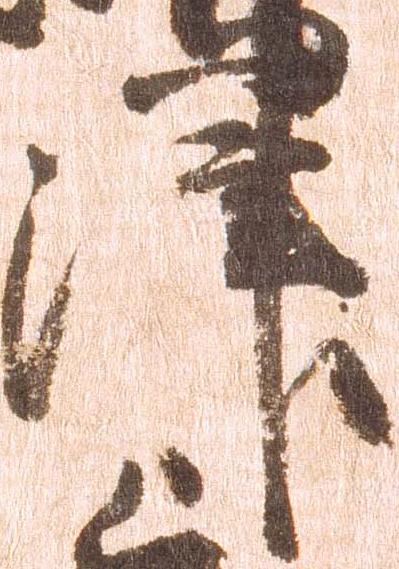
津